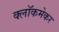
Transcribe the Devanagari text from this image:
क्लॉकमेकर